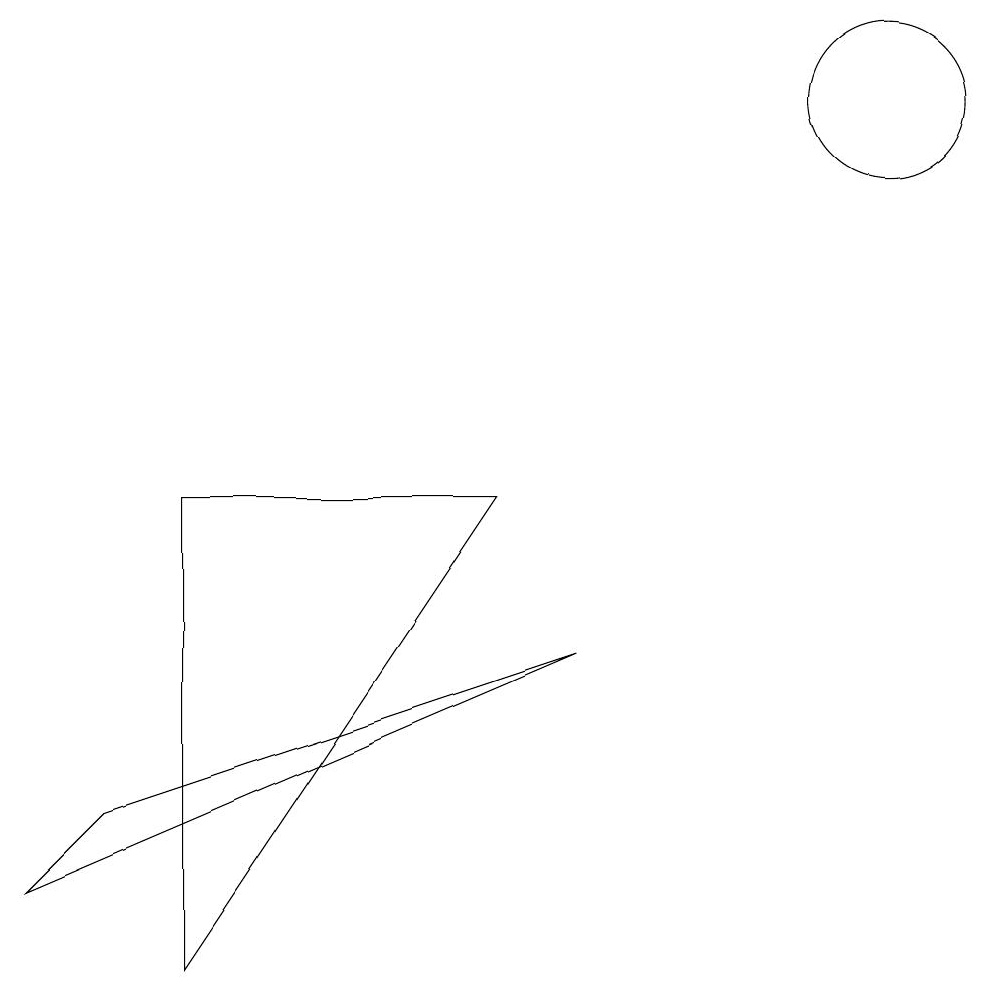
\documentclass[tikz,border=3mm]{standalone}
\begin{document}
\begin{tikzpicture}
\draw (7,6) -- (3,6) -- (3,0) -- cycle;
\draw (1,1) -- (8,4) -- (2,2) -- cycle;
\draw (12,11) circle (1);
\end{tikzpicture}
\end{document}